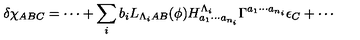
\delta \chi _ { A B C } = \cdots + \sum _ { i } b _ { i } L _ { \Lambda _ { i } A B } ( \phi ) H _ { a _ { 1 } \cdots a _ { n _ { i } } } ^ { \Lambda _ { i } } \Gamma ^ { a _ { 1 } \cdots a _ { n _ { i } } } \epsilon _ { C } + \cdots